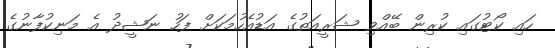
ހައި ކޯޓުގައި ކުރިން ބޭއްވި ޝަރީއަތުގެ އަޑުއެހުމަކަށް ފަހު ނަޝީދު އެ މަނިކުފާނުގެ